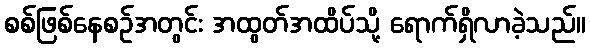
စစ်ဖြစ်နေစဉ်အတွင်း အထွတ်အထိပ်သို့ ရောက်ရှိလာခဲ့သည်။